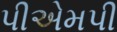
પીએમપી